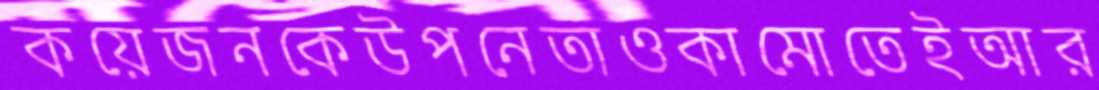
কয়েজনকেউপনেতাওকামোতেইআর